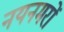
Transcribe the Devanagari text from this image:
नयनमरों